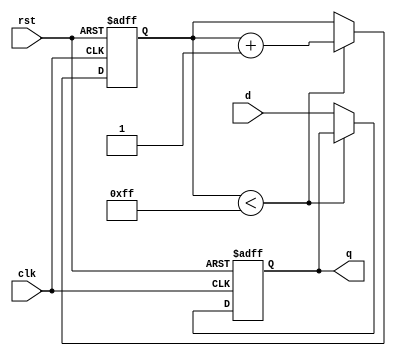
module dff_delay (
  input wire clk,
  input wire rst,
  input wire d,
  output reg q
);

reg [7:0] counter;

// Timing control block with adjustable delay
always @ (posedge clk or posedge rst) begin
  if (rst) begin
    counter <= 8'b0;
    q <= 1'b0;
  end else begin
    if (counter < 8'd255) begin
      counter <= counter + 1;
    end else begin
      q <= d;
    end
  end
end

endmodule